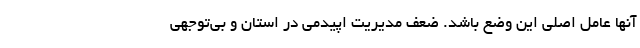
آنها عامل اصلی این وضع باشد. ضعف مدیریت اپیدمی در استان و بی‌توجهی